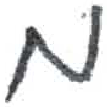
אות: מ